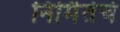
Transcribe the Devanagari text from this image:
निर्मितेचे